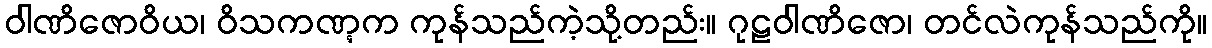
ဝါဏိဇောဝိယ၊ ဝိသကဏ္ဋက ကုန်သည်ကဲ့သို့တည်း။ ဂုဠဝါဏိဇော၊ တင်လဲကုန်သည်ကို။